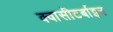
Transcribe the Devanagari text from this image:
क्वासीटर्बाइन